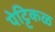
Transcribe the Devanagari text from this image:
पेट्टिकळ